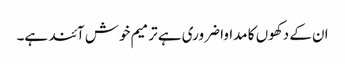
ان کے دکھوں کا مداوا ضروری ہے ترمیم خوش آئند ہے۔